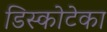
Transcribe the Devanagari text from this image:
डिस्कोटेका